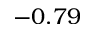
- 0 . 7 9